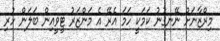
މިރްޒާނަށް ނޭނގުނު ކަމަކީ ހަމަ އެރޭ އެ މަންޒަރު ޓީވީއިން ބަލަން ހުރި